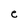
Character: e